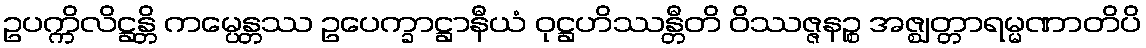
ဥပက္ကိလိဋ္ဌန္တိ ကမ္ပေန္တဿ ဥပေက္ခာဋ္ဌာနီယံ ဝုဋ္ဌဟိဿန္တီတိ ဝိဿဇ္ဇနဉ္စ အဇ္ဈတ္တာရမ္မဏာတိပိ